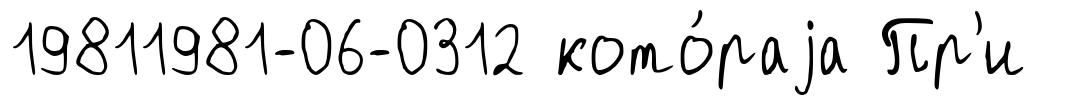
19811981-06-0312 кото́раjа Пр'и